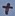
Text: +